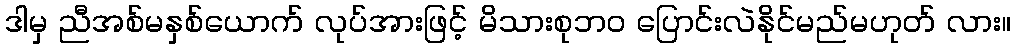
ဒါမှ ညီအစ်မနှစ်ယောက် လုပ်အားဖြင့် မိသားစုဘ၀ ပြောင်းလဲနိုင်မည်မဟုတ် လား။